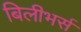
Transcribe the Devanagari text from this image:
बिलीभर्स